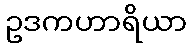
ဥဒကဟာရိယာ